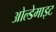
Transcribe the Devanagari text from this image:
ओल्डेमाइट